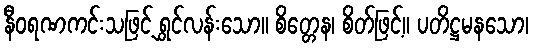
နီဝရဏကင်းသဖြင့် ရွှင်လန်းသော။ စိတ္တေန၊ စိတ်ဖြင့်။ ပတိဋ္ဌမနသော၊